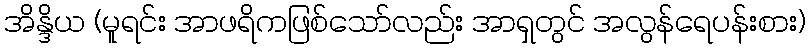
အိန္ဒိယ (မူရင်း အာဖရိကဖြစ်သော်လည်း အာရှတွင် အလွန်ရေပန်းစား)